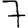
Digit: 7